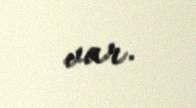
var.